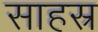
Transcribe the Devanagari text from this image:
साहस्र